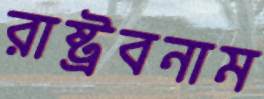
রাষ্ট্রবনাম